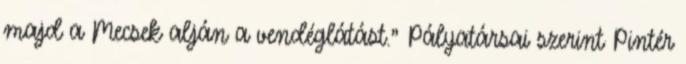
majd a Mecsek alján a vendéglátást.” Pályatársai szerint Pintér